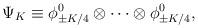
LaTeX: \begin{align*}\Psi_K \equiv \phi^0_{\pm K/4}\otimes\cdots\otimes\phi^0_{\pm K/4},\end{align*}